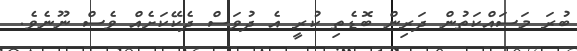
ބުރަ މަސައްކަތުން ދަރިން ބޮޑެތި ކުރީ އެ ދުވަސް ދެކޭކަށެއް ވެސް ނޫނެވެ.